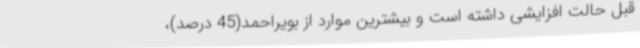
قبل حالت افزایشی داشته است و بیشترین موارد از بویراحمد(45 درصد)،